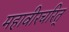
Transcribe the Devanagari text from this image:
महावीरचरित्‌